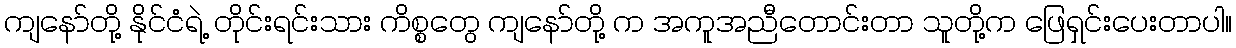
ကျနော်တို့ နိုင်ငံရဲ့ တိုင်းရင်းသား ကိစ္စတွေ ကျနော်တို့ က အကူအညီတောင်းတာ သူတို့က ဖြေရှင်းပေးတာပါ။